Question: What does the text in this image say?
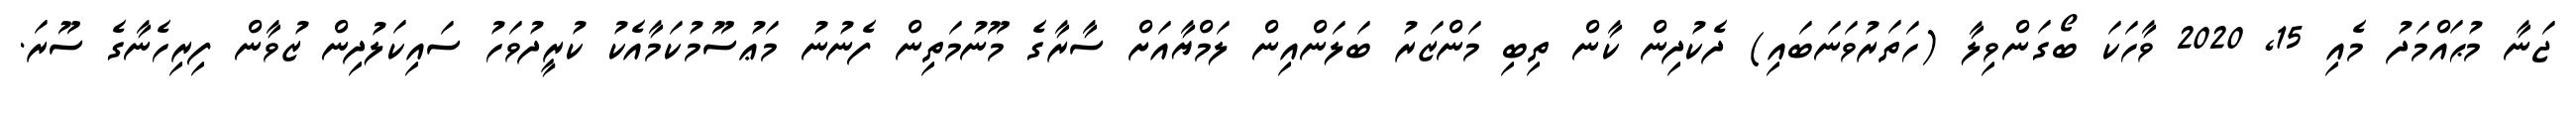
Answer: ޖަނާ މުޙައްމަދު މެއި 15, 2020 ވާހަކަ ބޯގަންވިލާ (ހަތަރުވަނަބައި) ދެކުދިން ކާން ތިބި މަންޒަރު ބަލަންއިން ލަމްޔާއަށް ސާރާގެ މޫނުމަތިން ފެނުނު މަޢުސޫމުކަމާއެކު ކުރީދުވަހު ސައިކަލުދިން ޒުވާން ފިރިހެނާގެ ސޫރަ.